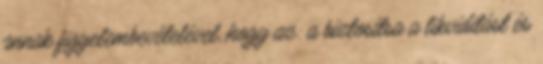
annak figyelembevételével, hogy az: a biztosítsa a likviditást és